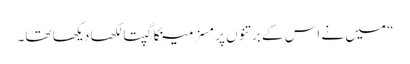
“ میں نے اس کے برتنوں پر مسز مینکا گپتا لکھا دیکھا تھا۔